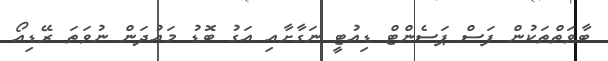
ބާވަތްތަކުން ފަސް ޕަސެންޓް ޑިއުޓީ ނަގާށާއި އަގު ބޮޑު މައުދަން ނުވަތަ ރޭޑިއޯ